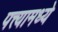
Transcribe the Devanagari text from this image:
पत्त्यामध्ये